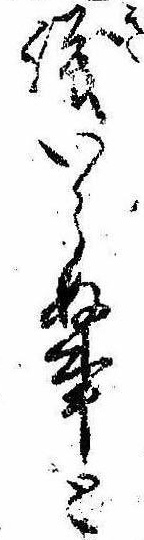
議いらぬ事と